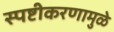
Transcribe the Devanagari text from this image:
स्पष्टीकरणामुळे